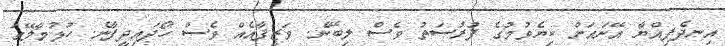
އިނދެފިއްޔާ އޭނައަށް ކިޔެވުމުގެ ފުރުޞަތު ވެސް ލިބޭނެ. ވަޒީފާއެއް ވެސް ހޯދައިދީފާނެ. ހުޅުމާލޭގަ